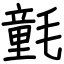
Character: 氃